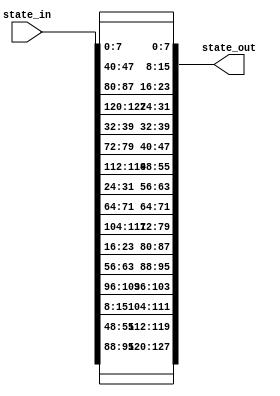
module SR_umsk(
    input [127:0] state_in,
    output [127:0] state_out
);

genvar i;
wire [7:0] state_bytes_in [15:0];
wire [7:0] state_bytes_out [15:0];

// Rely on byte representation
generate
for(i=0; i<16;i=i+1) begin: byte_in
    assign state_bytes_in[i] = state_in[8*i +: 8]; 
    assign state_out[8*i +: 8] = state_bytes_out[i];
end
endgenerate

// Apply the permutation
genvar j;
generate
for(i=0;i<4;i=i+1) begin: row
    for(j=0;j<4;j=j+1) begin: col
        //integer byte_index = 4*j + i;
        //integer new_byte_index = (byte_index + i*4) % 16;
        assign state_bytes_out[4*j+i] = state_bytes_in[(4*j+i+i*4)%16];
    end
end
endgenerate


endmodule